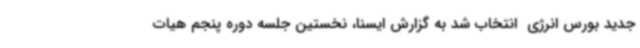
جدید بورس انرژی  انتخاب شد به گزارش ایسنا، نخستین جلسه دوره پنجم هیات